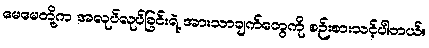
မေမေတို့က အလုပ်လုပ်ခြင်းရဲ့ အားသာချက်တွေကို စဉ်းစားသင့်ပါတယ်။